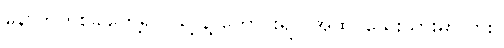
နောက်တစ်ခါတွေ့ရင် သူ့ နဲ့ တောင်းရင် အထင်သေးသွားမှာလား။